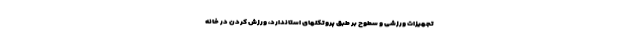
تجهیزات ورزشی و سطوح بر طبق پروتکلهای استاندارد، ورزش کردن در خانه